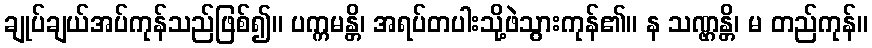
ချုပ်ချယ်အပ်ကုန်သည်ဖြစ်၍။ ပက္ကမန္တိ၊ အရပ်တပါးသို့ဖဲသွားကုန်၏။ န သဏ္ဌန္တိ၊ မ တည်ကုန်။